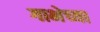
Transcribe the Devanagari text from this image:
गाभेच्या